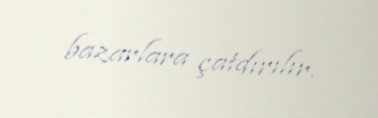
bazarlara çatdırılır.